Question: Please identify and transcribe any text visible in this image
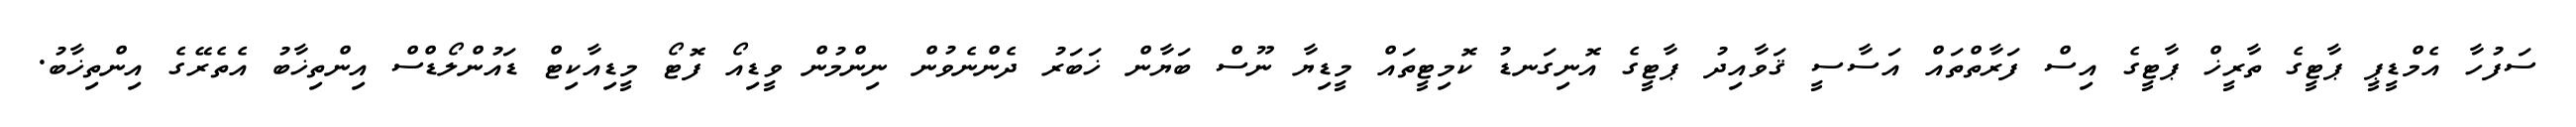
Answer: ސަފުހާ އެމްޑީޕީ ޕާޓީގެ ތާރީޚް ޕާޓީގެ އިސް ފަރާތްތައް އަސާސީ ޤަވާއިދު ޕާޓީގެ އޮނިގަނޑު ކޮމިޓީތައް މީޑިޔާ ނޫސް ބަޔާން ޚަބަރު ދެންނެވުން ނިންމުން ވީޑިއޯ ފޮޓޯ މީޑިއާކިޓް ޑައުންލޯޑްސް އިންތިޚާބު އެތެރޭގެ އިންތިޚާބު.